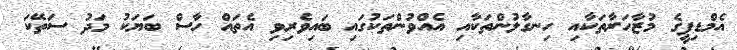
އެމްޑިޕީގެ މުޒާހަރާތަކާއި ހިނގާލުންތަކާއި އެއްވުންތަކުގައި ބައިވެރިވި އެތައް ހާސް ބަޔަކު މަދު ސަތޭކަ